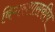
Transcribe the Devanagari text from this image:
बिगरशासकीय